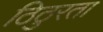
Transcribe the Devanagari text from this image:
ठिठुरता